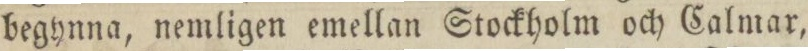
begynna, nemligen emellan Stockholm och Calmar,